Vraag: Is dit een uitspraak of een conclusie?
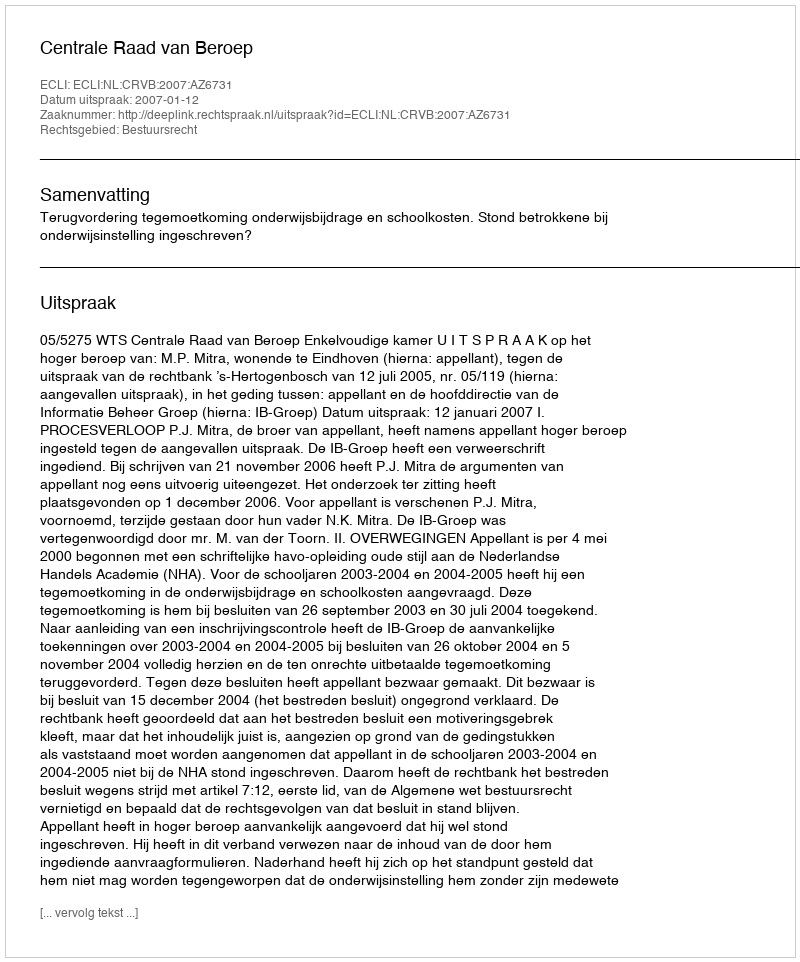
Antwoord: Uitspraak